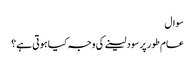
سوال
عام طور پر سود لینے کی وجہ کیا ہوتی ہے؟